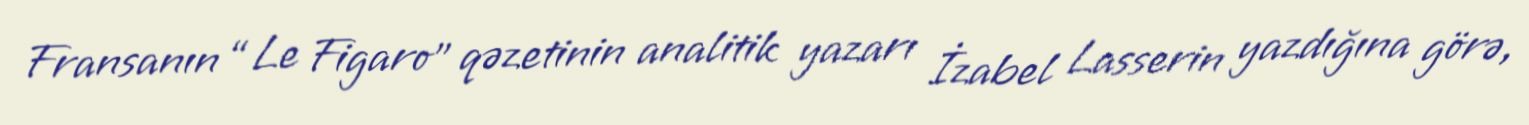
Fransanın “Le Figaro” qəzetinin analitik yazarı İzabel Lasserin yazdığına görə,